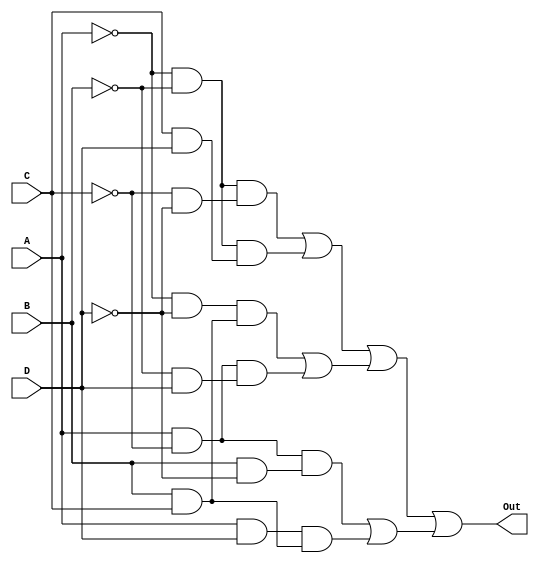
module div3(A,B,C,D,Out);
	//module ports
	input A, B, C, D;
	output Out;
	
	// inverted inputs
	wire notA, notB, notC, notD;
	
	// output of ANDs between two inputs
	wire notAnotB, notCnotD, CandD, BandC, notAnotD, AandD, AnotC, notBD,BnotD;
	
	// output of each minterm
	wire min0, min3, min6, min9, minc, minf;
	
	// minterms OR-ed
	wire min03, min69, mincf, min0369;
	
	// inverters
	not(notA, A);
	not(notB, B);
	not(notC, C);
	not(notD, D);
	
	// ANDs between two inputs
	and(notAnotB, notA, notB);
	and(notCnotD, notC, notD);
	and(CandD, C, D);
	and(BandC, B, C);
	and(notAnotD, notA, notD);
	and(AandD, A, D);
	and(AnotC, A, notC);
	and(notBD, notB, D);
	and(BnotD, B, notD);
	
	// minterms
	and(min0, notAnotB, notCnotD);
	and(min3, notAnotB, CandD);
	and(min6, notAnotD, BandC);
	and(min9, AnotC, notBD);
	and(minc, AnotC, BnotD);
	and(minf, AandD, BandC);
	
	// minterms OR-ed
	or(min03, min0, min3);
	or(min69, min6, min9);
	or(mincf, minc, minf);
	or(min0369, min03, min69);
	
	// Output
	or(Out, min0369, mincf);
endmodule